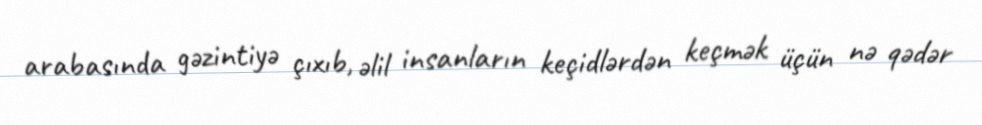
arabasında gəzintiyə çıxıb, əlil insanların keçidlərdən keçmək üçün nə qədər